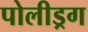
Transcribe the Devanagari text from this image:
पोलीड्रग